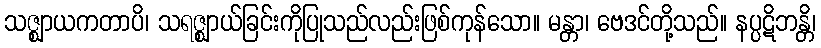
သဇ္ဈာယကတာပိ၊ သရဇ္ဈာယ်ခြင်းကိုပြုသည်လည်းဖြစ်ကုန်သော။ မန္တာ၊ ဗေဒင်တို့သည်။ နပ္ပဋိဘန္တိ၊